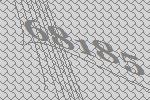
68185